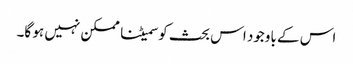
اس کے باوجود اس بحث کو سمیٹنا ممکن نہیں ہو گا۔